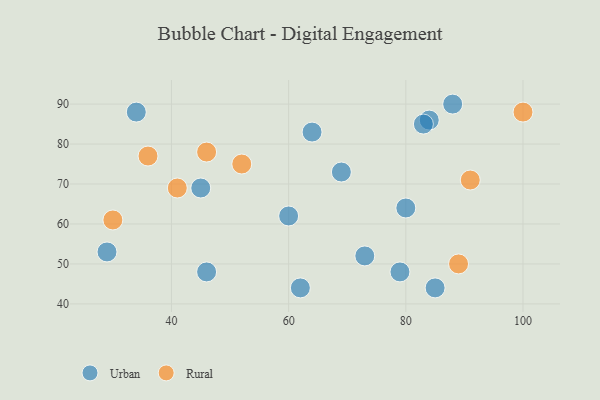
{"axis": {"x": "GDP", "y": "Life Expectancy"}, "legend": ["Rural", "Urban"], "data": [{"x": "34", "y": 88, "type": "Urban"}, {"x": "88", "y": 90, "type": "Urban"}, {"x": "84", "y": 86, "type": "Urban"}, {"x": "85", "y": 44, "type": "Urban"}, {"x": "83", "y": 85, "type": "Urban"}, {"x": "64", "y": 83, "type": "Urban"}, {"x": "79", "y": 48, "type": "Urban"}, {"x": "46", "y": 48, "type": "Urban"}, {"x": "45", "y": 69, "type": "Urban"}, {"x": "69", "y": 73, "type": "Urban"}, {"x": "80", "y": 64, "type": "Urban"}, {"x": "29", "y": 53, "type": "Urban"}, {"x": "73", "y": 52, "type": "Urban"}, {"x": "60", "y": 62, "type": "Urban"}, {"x": "62", "y": 44, "type": "Urban"}, {"x": "36", "y": 77, "type": "Rural"}, {"x": "89", "y": 50, "type": "Rural"}, {"x": "46", "y": 78, "type": "Rural"}, {"x": "91", "y": 71, "type": "Rural"}, {"x": "41", "y": 69, "type": "Rural"}, {"x": "100", "y": 88, "type": "Rural"}, {"x": "30", "y": 61, "type": "Rural"}, {"x": "52", "y": 75, "type": "Rural"}]}